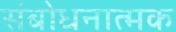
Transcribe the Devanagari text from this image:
संबोधनात्मक